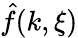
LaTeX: \hat{f}(k,\xi)